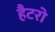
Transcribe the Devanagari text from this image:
हैटरो